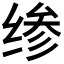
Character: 𰬪